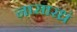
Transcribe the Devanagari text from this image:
नासारध्रं